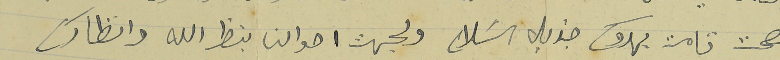
بصحت تامت يهدوك جزيل السَلام ولجهت احوالنا بنظر الله وانظارك